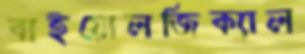
বাইয়োলজিক্যাল